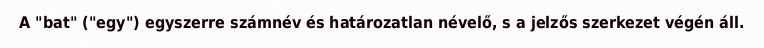
A "bat" ("egy") egyszerre számnév és határozatlan névelő, s a jelzős szerkezet végén áll.